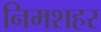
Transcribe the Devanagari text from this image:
निमशहर